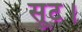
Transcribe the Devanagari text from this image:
सूट।